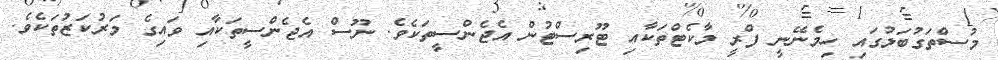
މުސްތަގުބަލުގައި ހިމެނޭނީ ފްރީ މާކެޓްތަކާއި ޓޫރިސްޓުން އެޖެންސީތަކެވެ. ނޫސް އެޖެންސީތަކާއި ވައިގެ މަރުކަޒުތަކެވެ.